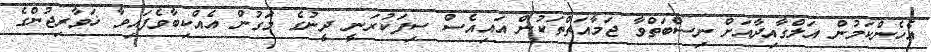
އެހެންކަމުން އަލްގާއިދާއަށް ނިސްބަތްވާ ޖަމާއަތްތަކުން އައިއެސް ސިފަކުރަނީ ދީނުގެ މަގުން އެއްކިބާވެފައިވާ ޚަވާރިޖުންގެ